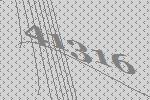
41316